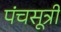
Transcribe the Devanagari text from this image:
पंचसूत्री